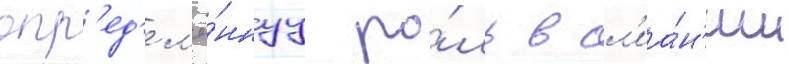
опр'ед'ел'ё́ннуу ро́ль в сл'иа́н'ии